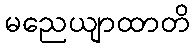
မညေယျာထာတိ